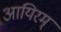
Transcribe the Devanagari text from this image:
आयिरम्